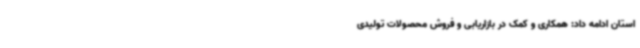
استان ادامه داد: همکاری و کمک در بازاریابی و فروش محصولات تولیدی